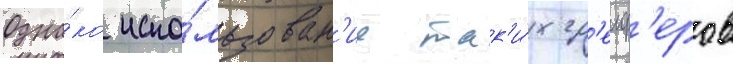
Одна́ко испо́льзован'ие так'и́х гр'еиф'еров